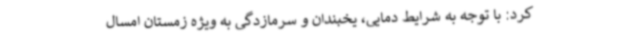
کرد: با توجه به شرایط دمایی، یخبندان و سرمازدگی به ویژه زمستان امسال